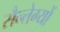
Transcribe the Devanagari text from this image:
सैन्तेग्यों